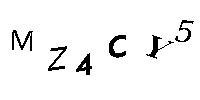
MZ4CY5